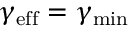
\gamma _ { \mathrm { e f f } } = \gamma _ { \mathrm { m i n } }